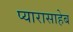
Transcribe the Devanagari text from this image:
प्यारासाहेब